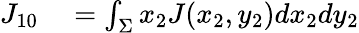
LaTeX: \begin{array}{rl}{{J_{10}}}&{{}=\int_{\Sigma}{{x_{2}}J({x_{2}},{y_{2}})d{x_{2}}d{y_{2}}}}\end{array}